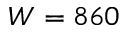
W = 8 6 0